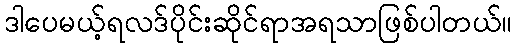
ဒါပေမယ့်ရလဒ်ပိုင်းဆိုင်ရာအရသာဖြစ်ပါတယ်။